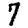
Digit: 7